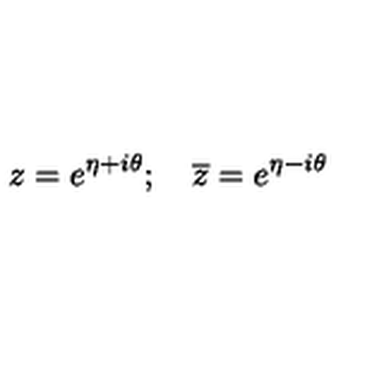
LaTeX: z = e ^ { \eta + i \theta } ; \quad \overline { { z } } = e ^ { \eta - i \theta }